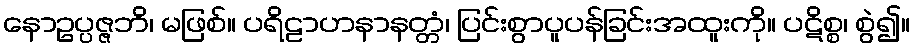
နောဥပ္ပဇ္ဇဘိ၊ မဖြစ်။ ပရိဠာဟနာနတ္တံ၊ ပြင်းစွာပူပန်ခြင်းအထူးကို။ ပဋိစ္စ၊ စွဲ၍။